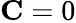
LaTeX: \mathbf{C}=0